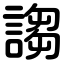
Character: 謅